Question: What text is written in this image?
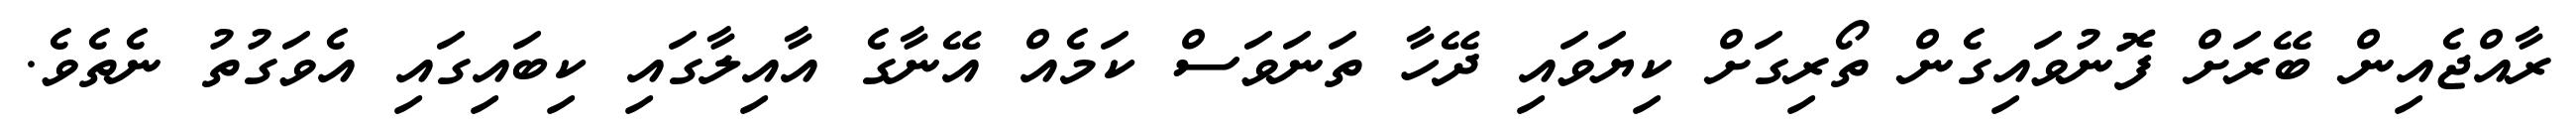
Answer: ރާއްޖެއިން ބޭރަށް ފޮނުވައިގެން ތޯރިގަށް ކިޔަވައި ދޭހާ ތަނަވަސް ކަމެއް އޭނާގެ އާއިލާގައި ކިބައިގައި އެވަގުތު ނެތެވެ.